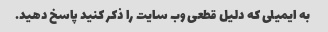
به ایمیلی که دلیل قطعی وب سایت را ذکر کنید پاسخ دهید.